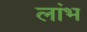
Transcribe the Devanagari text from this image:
लांभ